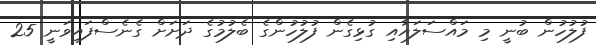
ފުލުހުން ބުނީ މި މައްސަލައާއި ގުޅިގެން ފުލުހުންގެ ބެލުމުގެ ދަށަށް ގެނެސްފައިވަނީ 25